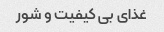
غذای بی کیفیت و شور